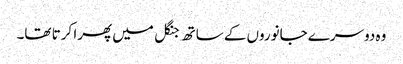
وہ دوسرے جانوروں کے ساتھ جنگل میں پھرا کرتا تھا۔